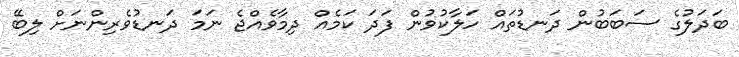
ބަދަލުގެ ސަބަބުން ދަނޑުތައް ހަލާކުވުން ފަދަ ކަމެއް ދިމާވެއްޖެ ނަމަ ދަނޑުވެރިންނަށް ލިބޭ